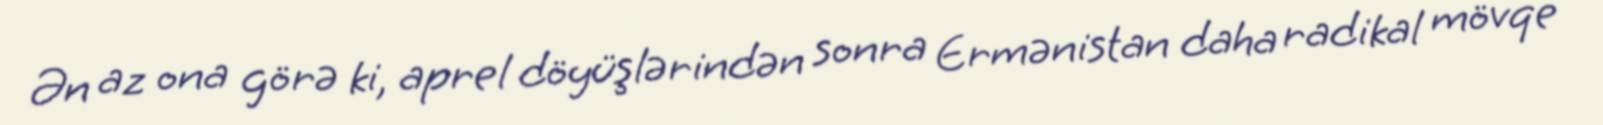
Ən az ona görə ki, aprel döyüşlərindən sonra Ermənistan daha radikal mövqe